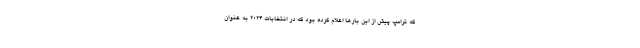
که ترامپ پیش از این بارها اعلام کرده بود که در انتخابات 2024 به عنوان